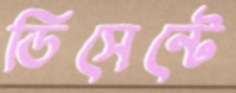
ডিসেন্টে